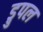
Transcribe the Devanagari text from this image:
ड्रुपल